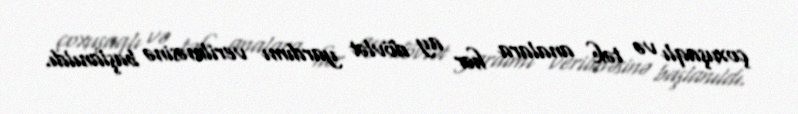
çoxuşaqlı və tək analara hər ay dövlət yardımı verilməsinə başlanıldı.